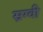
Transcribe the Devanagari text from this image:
स्रग्वी